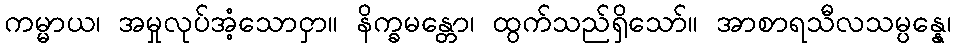
ကမ္မာယ၊ အမှုလုပ်အံ့သောငှာ။ နိက္ခမန္တော၊ ထွက်သည်ရှိသော်။ အာစာရသီလသမ္ပန္နေ၊